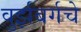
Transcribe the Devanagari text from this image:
वुर्झबर्गचे